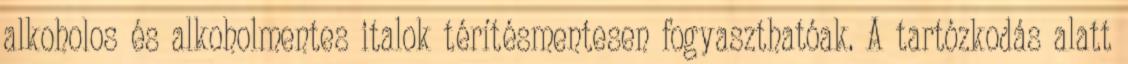
alkoholos és alkoholmentes italok térítésmentesen fogyaszthatóak. A tartózkodás alatt